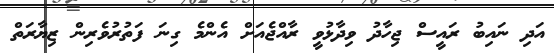
އަދި ނައިބު ރައީސް ޖިހާދު ވިދާޅުވީ ރާއްޖެއަށް އެންމެ ގިނަ ފަތުރުވެރިން ޒިޔާރަތް